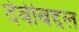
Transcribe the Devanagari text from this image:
देवीबद्दल